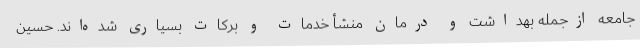
جامعه ازجمله بهداشت و درمان منشأ خدمات و برکات بسیاری شده‌اند. حسین